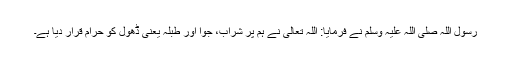
رسول اللہ صلی اللہ علیہ وسلم نے فرمایا: اللہ تعالی نے ہم پر شراب، جوا اور طبلہ یعنی ڈھول کو حرام قرار دیا ہے۔